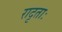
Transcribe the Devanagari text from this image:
रादृताः